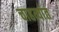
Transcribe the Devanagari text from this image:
चाहत्यांत